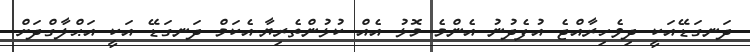
ދަނގަޑޭއަކީ ދިވެހިރާއްޖެ އުފެދުނު އެންމެ މޮޅު އެއް ކުޅުންތެރިޔާ.އެކަމް ދަނގަޑޭ އަކީ އަޙްލާގްދަށް